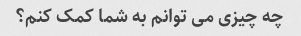
چه چیزی می توانم به شما کمک کنم؟